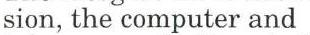
sion, the computer and